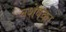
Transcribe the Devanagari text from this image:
वशेषकर